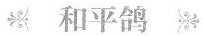
和平鸽